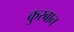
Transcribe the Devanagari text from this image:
कुरबान